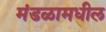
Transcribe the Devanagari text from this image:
मंडळामधील